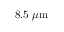
8 . 5 \ \mu \mathrm { m }